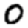
Digit: 0